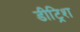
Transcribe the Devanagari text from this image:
डीट्रिश